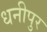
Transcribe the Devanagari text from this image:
धनीपुर